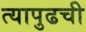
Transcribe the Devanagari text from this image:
त्यापुढची